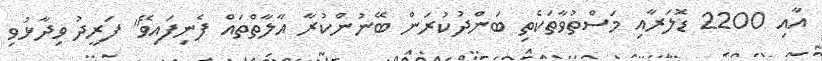
އާއި 2200 ޑޮލަރާއި މަސްތުވާތަކެތި ބަންދުކުރަން ބޭނުންކުރާ އާލާތްތައް ފެނިފައިވޭ" ފަރީދު ވިދާޅުވި